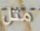
مثل